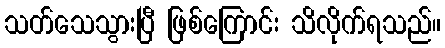
သတ်သေသွားပြီ ဖြစ်ကြောင်း သိလိုက်ရသည်။